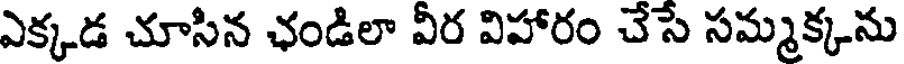
ఎక్కడ చూసిన ఛండిలా వీర విహారం చేసే సమ్మక్కను